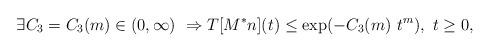
LaTeX: \begin{align*} \exists C_3 = C_3(m) \in (0,\infty) \ \Rightarrow T[M^*n](t) \le \exp(- C_3(m) \ t^m), \ t \ge 0,\end{align*}